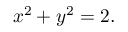
x ^ { 2 } + y ^ { 2 } = 2 .